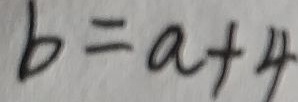
b = a + 4